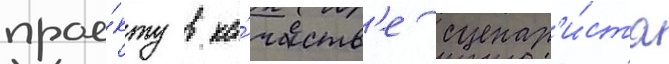
прое́кту в ка́честв'е сценар'и́ста